Annual report on the Civil Veterinary Department, Burma (including the Insein Veterinary School) - 1932-1941
Year: 1932
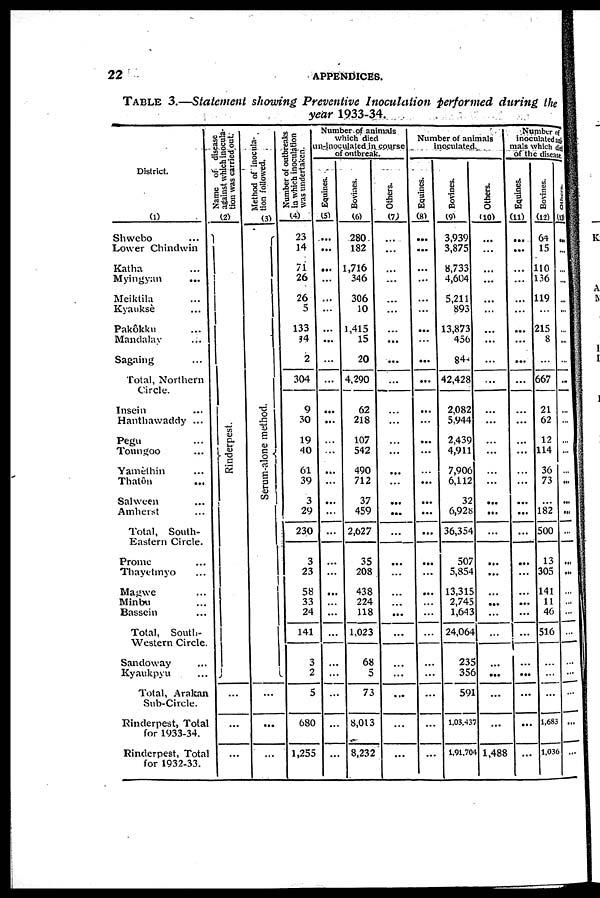
22
APPENDICES.
TABLE 3.—Statement showing Preventive Inoculation performed during the
year 1933-34.
District.
(1)
Shwebo ...
Lower Chindwin
Katha ...
Myingyan ...
Meiktila...
Kyauksè ...
Pakôkku ...
Mandalay ...
Sagaing ...
Total, Northern
Circle.
Insein ...
Hanthawaddy ...
Pegu ...
Toungoo ...
Yamethin ...
Thatôn ...
Salween ...
Amberst ...
Total,
South-
Eastern Circle.
Prome ...
Thavetmyo ...
Magwe ...
Minbu ...
Bassein ...
Total,
South-
Western Circle
Sandoway ...
Kyaukpyu ...
Total, Arakan
Sub-Circle.
Rinderpest, Total
for 1933-34.
Rinderpest, Total
for 1932-33.
Name of disease
against which inocula-
tion was carried out.
(2)
Rinderpest.
...
...
...
Method of inocula-
tion followed.
(3)
Serum-alone method.
...
...
...
Number of outbreaks
in which inoculation
was undertaken.
(4)
23
14
71
26
26
5
133
54
2
304
9
30
19
40
61
39
3
29
230
3
23
58
33
24
141
3
2
5
680
1,255
Number of animals
which died
in-inoculated in course
of outbreak.
Equines.
(5)
...
...
...
...
...
...
...
...
...
...
...
...
...
...
...
...
...
...
...
...
...
...
...
...
...
...
...
...
...
...
Bovines.
(6)
280
182
1,716
346
306
10
1,415
15
20
4,290
62
218
107
542
490
712
37
459
2,027
35
208
438
224
118
1,023
68
5
73
8,013
8,232
Others.
(7)
...
...
...
...
...
...
...
...
...
...
...
...
...
...
...
...
...
...
...
...
...
...
...
...
...
...
...
...
...
...
Number of animals
inoculated.
Equines.
(8)
...
...
...
...
...
...
...
...
...
...
...
...
...
...
...
...
...
...
...
...
...
...
...
...
...
...
...
...
...
...
Bovines.
(9)
3,939
3,875
8,733
4,604
5,211
893
13,873
450
84-
42,428
2,082
5,944
2,439
4,911
7,906
6,112
32
6,928
36,354
507
5,854
13,315
2,745
1,643
24,064
235
356
59
1,03,435
1,91,704
Others.
(10)
...
...
...
...
...
...
...
...
...
...
...
...
...
...
...
...
...
...
...
...
...
...
...
...
...
...
...
...
...
1,488
Number of
inoculated
mats which
of the disease
Equines.
(11)
...
...
...
...
...
...
...
...
...
...
...
...
...
...
...
...
...
...
...
...
...
...
...
...
...
...
...
...
...
...
Bovines.
(12)
64
15
110
136
119
...
215
8
...
667
21
62
12
114
36
73
...
182
500
13
305
141
11
40
516
...
...
...
1,683
1,036
Others.
(13)
...
...
...
...
...
...
...
...
...
...
...
...
...
...
...
...
...
...
...
...
...
...
...
...
...
...
...
...
...
...